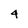
Character: 4